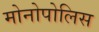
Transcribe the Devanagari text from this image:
मोनोपोलिस